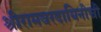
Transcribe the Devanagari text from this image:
श्रीरामवरदायिनीची